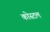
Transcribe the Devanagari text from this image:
कोस्‍टल